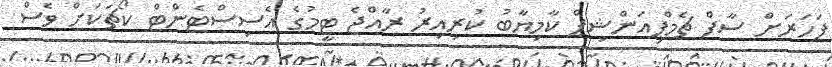
ފަހަރަށް ސާފް ޗެމްޕިއަންޝިޕް ކާމިޔާބު ކުރިއިރު ރާއްޖެ ޓީމުގެ އެސިސްޓެންޓް ކޯޗަކަށް ވެސް